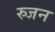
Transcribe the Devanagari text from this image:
स्र्जन